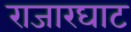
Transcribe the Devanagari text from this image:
राजारघाट